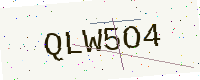
Text: QLW5O4